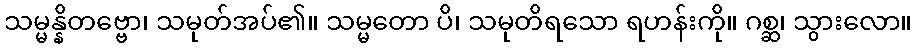
သမ္မန္နိတဗ္ဗော၊ သမုတ်အပ်၏။ သမ္မတော ပိ၊ သမုတိရသော ရဟန်းကို။ ဂစ္ဆ၊ သွားလော။